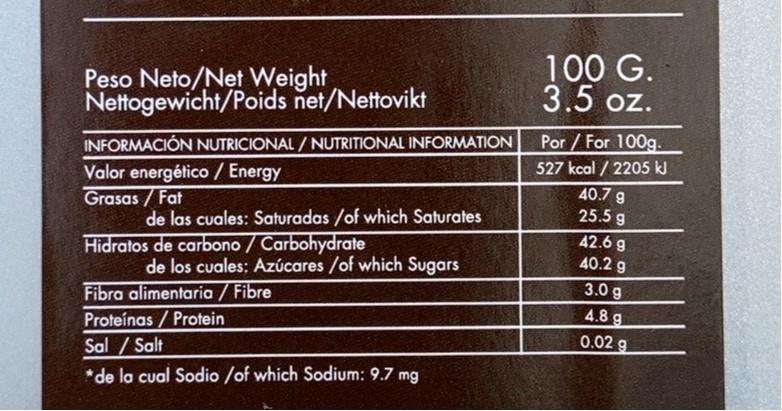
Peso Neto/Net Weight Nettogewicht/Poids net/Nettovikt
100 G. 3.5 oz.
Por /For 100g.
INFORMACIÓN NUTRICIONAL / NUTRITIONAL INFORMATION
Valor energético / Energy Grasas / Fat
527 kcal / 2205 kl 40.7 g
25.5 g
de las cuales: Saturadas /of which Saturates
Hidratos de carbono / Carbohydrate
42.6 g 40.2 g
de los cuales: Azúcares /of which Sugars
3.0 g 4.8 g 0.02 g
Fibra alimentaria / Fibre
Proteínas / Protein Sal / Salt
*de la cual Sodio /of which Sodium: 9.7 mg